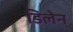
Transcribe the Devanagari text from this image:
डिलेन